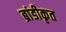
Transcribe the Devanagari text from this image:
ब्रांडीकृत